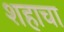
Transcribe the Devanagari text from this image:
शहाचा